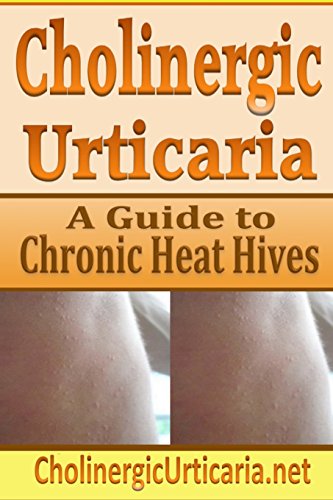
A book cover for Cholinergic Urticaria: A Guide to Chronic Heat Hives; B Page; Health, Fitness & Dieting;